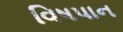
વિષપાન